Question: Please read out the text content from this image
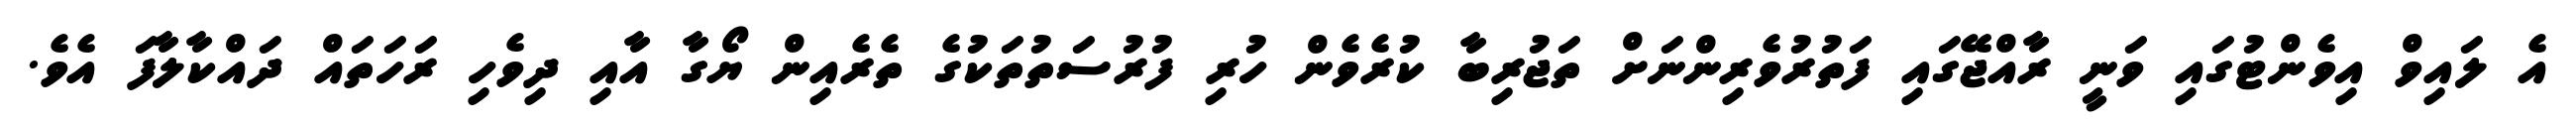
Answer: އެ ލައިވް އިވެންޓުގައި ވަނީ ރާއްޖޭގައި ފަތުރުވެރިންނަށް ތަޖުރިބާ ކުރެވެން ހުރި ފުރުސަތުތަކުގެ ތެރެއިން ޔޯގާ އާއި ދިވެހި ރަހަތައް ދައްކާލާފަ އެވެ.